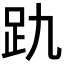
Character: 𮛂